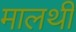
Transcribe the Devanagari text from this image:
मालथी